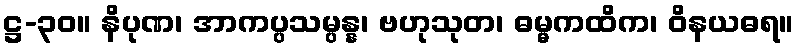
ဋ္ဌ-၃၀။ နိပုဏ၊ အာကပ္ပသမ္ပန္န၊ ဗဟုသုတ၊ ဓမ္မကထိက၊ ဝိနယဓရ။